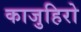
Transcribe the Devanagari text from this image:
काजुहिरो